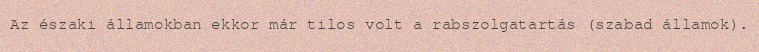
Az északi államokban ekkor már tilos volt a rabszolgatartás (szabad államok).